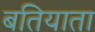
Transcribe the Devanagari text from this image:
बतियाता